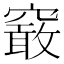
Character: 䆻